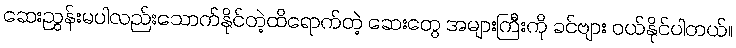
ဆေးညွှန်းမပါလည်းသောက်နိုင်တဲ့ထိရောက်တဲ့ ဆေးတွေ အများကြီးကို ခင်ဗျား ဝယ်နိုင်ပါတယ်။